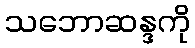
သဘောဆန္ဒကို